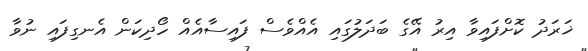
ޚަރަދު ކޮށްފައިވާ އިރު އޭގެ ބަދަލުގައި އެއްވެސް ފައިސާއެއް ހޯދިކަން އެނގިފައި ނުވާ